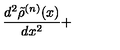
\frac { d ^ { 2 } \tilde { \rho } ^ { ( n ) } ( x ) } { d x ^ { 2 } } +